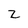
Character: z